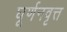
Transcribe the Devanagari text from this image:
घूर्णनवृत्त